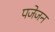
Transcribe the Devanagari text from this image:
पजेजन